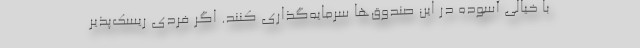
با خیالی آسوده در این صندوق‌ها سرمایه‌گذاری کنند. اگر فردی ریسک‌پذیر